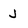
Character: J